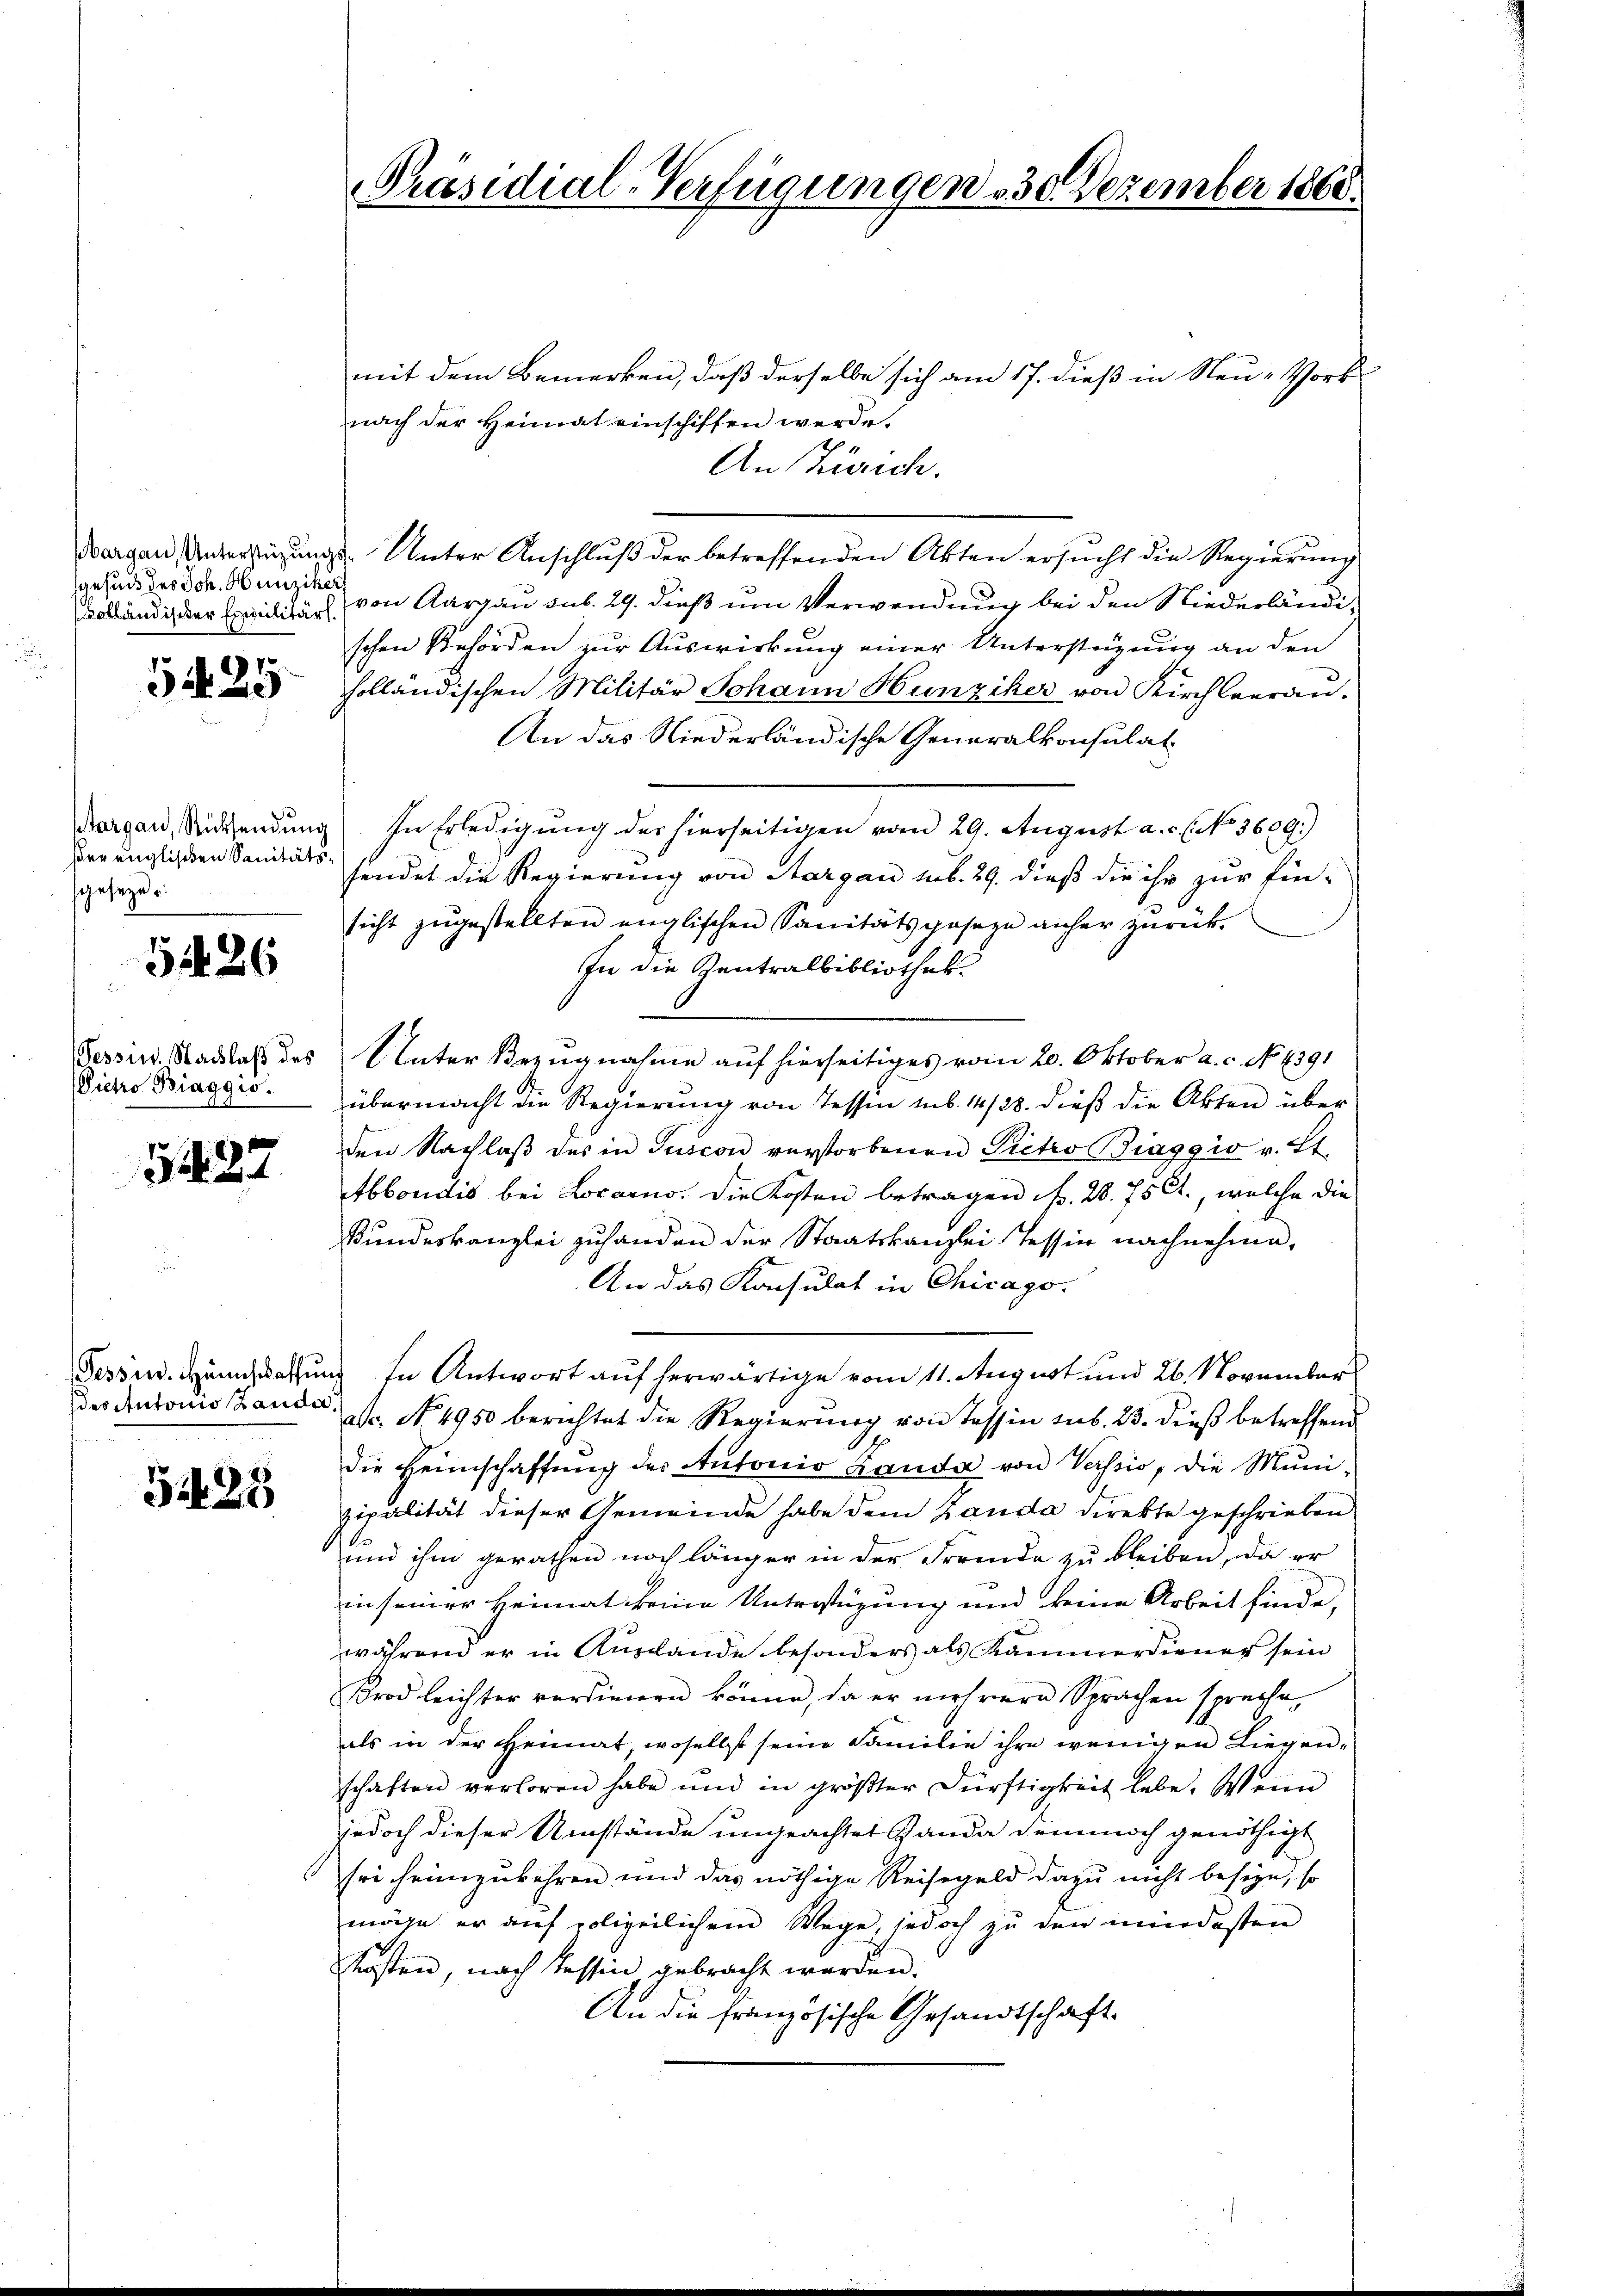
gesund des Joh. Hunziker,

5425

her englischen Sanitätssgesezes

5426

Victo Biaggio.

5427

des Antonis Lande

31425

Präsidial-Verfügungen 30. Dezember 1868.

mit dem Bemerken, daß derselbe sich am 17. dieß in Neu-Vors
nach der Heimat einschiffen werde.
An Zürich.
Margau Unterstüzungs-Unter Anschlŭβ der betreffenden Akten ersucht die Regierung
olländis der Exilitärs von Aargau sub. 29. dieß um Verwendung bei den Niederländischen Behörden zur Auswirkung einer Unterstüzung an den
holländischen Militär Johann Hunziker von Kirchleerau
An das Niederländische Generalkonsulat
Margau, Rücksendung. In Erledigung des hierseitigen vom 29. August a. c. l. No 3609.)
sendet die Regierung von Aargau sub. 29. dieß die ihr zur Ein-
sicht zugestellten englischen Sanitätsgeseze anher zurück¬
In die Zentralbibliothek.
Tessin. Stadlaß des Unter Bezugnahme auf hierseitiges vom 20. Oktober a. c. No. 4391
übermacht die Regierung von Tessin mb. 14/28. dieß die Akten über
den Nachlaβ des in Tuscon verstorbenen Pietro Biaggio v. Lt.
Abbondis bei Locarno. Die Kosten betragen Fr. 28. 75 Ct., welche die
Bundeskanzlei zuhanden der Staatskanzlei Tessin nachnehme,
An das Konsulat in Chicago.
Tessin. Henhassung in Antwort auf herwärtige vom 11. August und 26. November
asc. No 4950 berichtet die Regierung von Tessin sub. 23. dieß betreffend
die Heimschaffung der Autonio Banda von Versio, die Muni-
zipalität dieser Gemeinde habe dem Zauda direkte geschrieben
und ihm gerathen noch länger in der Fremde zu bleiben, da er
in seiner Heimat keine Unterstüzung und keine Arbeit finde,
während er in Auslande besonders als Kammerdiener sein
Krod leichter verdienen könne, da er mehrere Sprachen spreche,
als in der Heimat, woselbst seine Familie ihre wenigen Liegen-
schaften verloren habe und in größter Dürftigkeit habe. Wenn
jedoch dieser Umstände ungeachtet Handa demnoch genöthigt
sei heimzukehren und das nöthige Reisegeld dazu nicht beseze, so
möge er auf polizeilichem Wege, jedoch zu den mindesten
Kosten, nach Tessin, gebracht werden.
An die französische Gesandtschaft